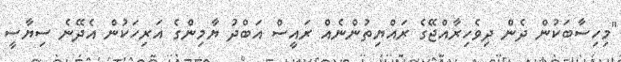
"މިހިސާބަކުން ދެން ދިވެހިރާއްޖޭގެ ރައްޔިތުންނެއް ރައީސް އަބްދު ޔާމިންގެ އަރިހަކުން އެދޭނެ ސިޔާސީ